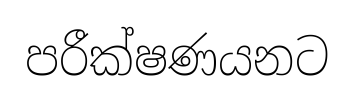
පරීක්ෂණයනට